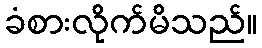
ခံစားလိုက်မိသည်။